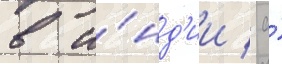
в и́нд'ии / а́